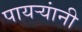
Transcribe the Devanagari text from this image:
पायर्‍यांनी